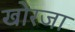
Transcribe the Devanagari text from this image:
खोरजा